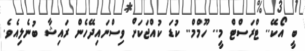
ބީ އޯކޭ.. ޓްރަސްޓް މީ.. ހޫމްމް.. ކުޑަ ކުއްޖަކަށް ވިސްނައިދޭހެން ރައިޝާ ބުނެލިއެވެ.